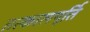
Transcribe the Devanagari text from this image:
तत्कालपूर्ति